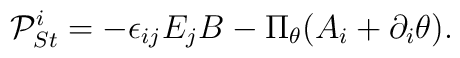
{\cal P}_{St}^i=-\epsilon _{ij}E_jB-\Pi _\theta (A_i+\partial _i\theta ).